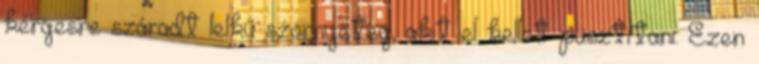
kérgesre száradt lelkű szörnyeteg, akit el kellet pusztítani. Ezen